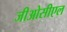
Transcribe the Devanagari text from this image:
जीओसीएल